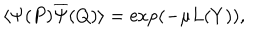
LaTeX: \langle { \Psi } ( P ) \overline { { { \Psi } } } ( Q ) \rangle = \exp ( - \mu L ( Y ) ) ,